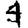
Digit: 4